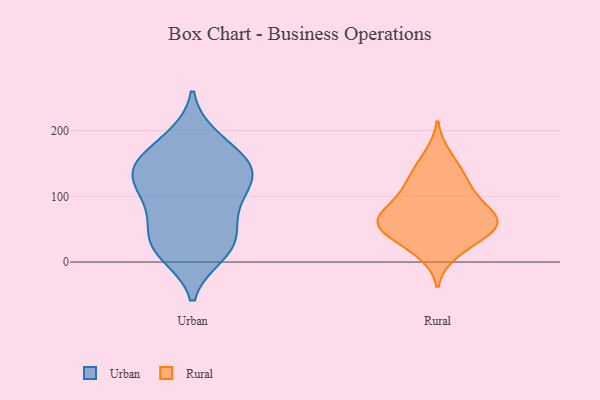
{"axis": {"x": "Website Visitors", "y": "Value"}, "legend": ["Rural", "Urban"], "data": [{"x": "", "y": 45, "type": "Urban"}, {"x": "", "y": 83, "type": "Urban"}, {"x": "", "y": 12, "type": "Urban"}, {"x": "", "y": 103, "type": "Urban"}, {"x": "", "y": 93, "type": "Urban"}, {"x": "", "y": 135, "type": "Urban"}, {"x": "", "y": 118, "type": "Urban"}, {"x": "", "y": 191, "type": "Urban"}, {"x": "", "y": 152, "type": "Urban"}, {"x": "", "y": 148, "type": "Urban"}, {"x": "", "y": 10, "type": "Urban"}, {"x": "", "y": 17, "type": "Urban"}, {"x": "", "y": 188, "type": "Urban"}, {"x": "", "y": 152, "type": "Urban"}, {"x": "", "y": 131, "type": "Urban"}, {"x": "", "y": 128, "type": "Urban"}, {"x": "", "y": 154, "type": "Urban"}, {"x": "", "y": 30, "type": "Urban"}, {"x": "", "y": 42, "type": "Urban"}, {"x": "", "y": 65, "type": "Urban"}, {"x": "", "y": 27, "type": "Rural"}, {"x": "", "y": 106, "type": "Rural"}, {"x": "", "y": 50, "type": "Rural"}, {"x": "", "y": 73, "type": "Rural"}, {"x": "", "y": 46, "type": "Rural"}, {"x": "", "y": 13, "type": "Rural"}, {"x": "", "y": 136, "type": "Rural"}, {"x": "", "y": 68, "type": "Rural"}, {"x": "", "y": 67, "type": "Rural"}, {"x": "", "y": 58, "type": "Rural"}, {"x": "", "y": 127, "type": "Rural"}, {"x": "", "y": 163, "type": "Rural"}, {"x": "", "y": 77, "type": "Rural"}, {"x": "", "y": 51, "type": "Rural"}, {"x": "", "y": 105, "type": "Rural"}]}